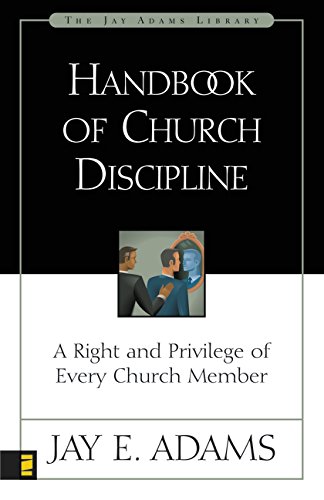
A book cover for Handbook of Church Discipline: A Right and Privilege of Every Church Member (Jay Adams Library); Jay E. Adams; Christian Books & Bibles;